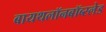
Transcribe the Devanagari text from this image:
बायथलॉनबॉब्स्लेड